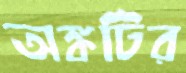
অঙ্কটির